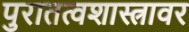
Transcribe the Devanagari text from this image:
पुरातत्वशास्त्रावर